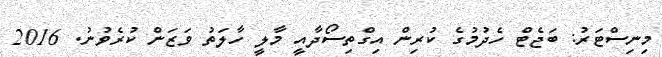
މިނިސްޓަރު: ބަޖެޓް ހެދުމުގެ ކުރިން އިގްތިސޯދާއީ މާލީ ހާލަތު ވަޒަން ކުރެވުނު. 2016